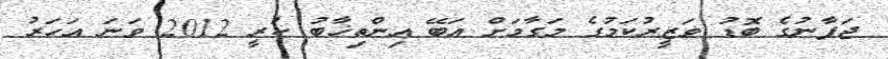
ޖަޕާނުގެ ބޮޑު ވަޒީރުކަމުގެ މަގާމަށް އަބޭ އިންތިޚާބު ކުރީ 2012 ވަނަ އަހަރު